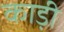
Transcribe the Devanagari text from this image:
काड़ी